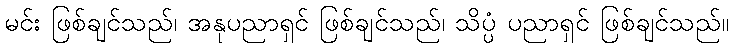
မင်း ဖြစ်ချင်သည်၊ အနုပညာရှင် ဖြစ်ချင်သည်၊ သိပ္ပံ ပညာရှင် ဖြစ်ချင်သည်။